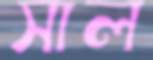
সাল